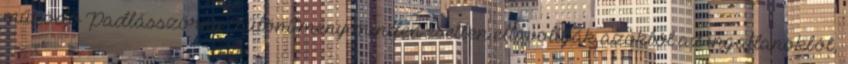
működő Padlásszörny Különítmény minden esetben eltávolítják azokból az ingatlanokból,